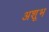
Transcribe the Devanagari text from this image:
अशूभ